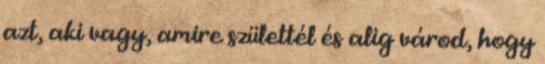
azt, aki vagy, amire születtél és alig várod, hogy